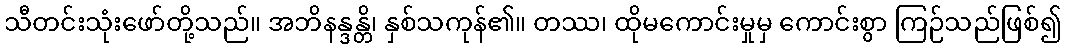
သီတင်းသုံးဖော်တို့သည်။ အဘိနန္ဒန္တိ၊ နှစ်သကုန်၏။ တဿ၊ ထိုမကောင်းမှုမှ ကောင်းစွာ ကြဉ်သည်ဖြစ်၍